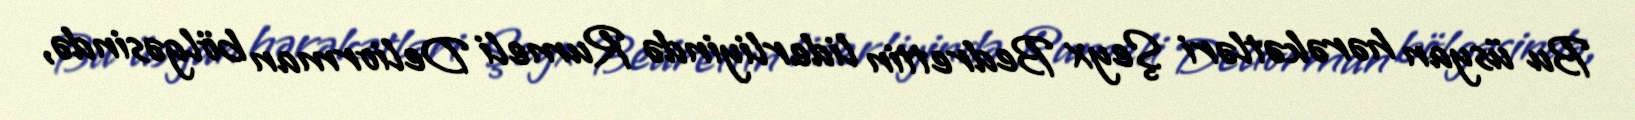
Bu üsyan hərəkətləri Şeyx Bedrettin liderliyində Rumeli Deliorman bölgəsində,